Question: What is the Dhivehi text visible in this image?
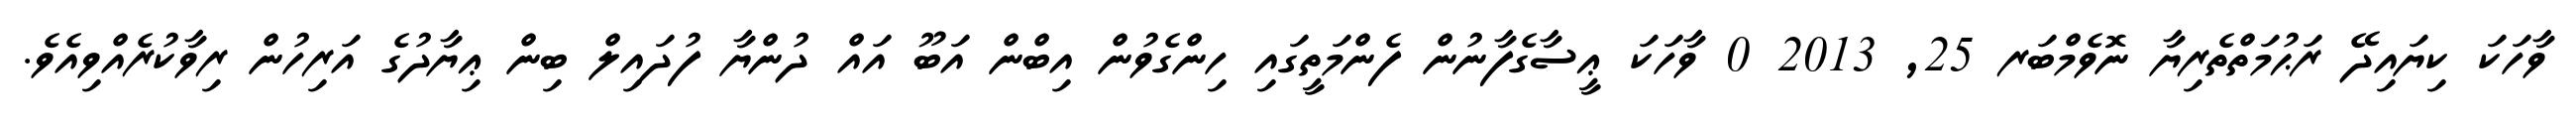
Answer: ވާހަކަ ކިޔައިދޭ ރަޙުމަތްތެރިޔާ ނޮވެމްބަރ 25, 2013 0 ވާހަކަ ޢީސާގެފާނުން ފެންމަތީގައި ހިންގެވުން އިބްން އަބޫ އައް ދުންޔާ ފުދައިލް ބިން ޢިޔާދުގެ އަރިހުން ރިވާކުރެއްވިއެވެ.